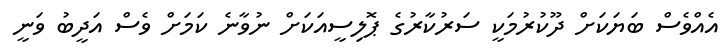
އެއްވެސް ބަޔަކަށް ދޫކުރުމަކީ ސަރުކާރުގެ ޕޮލިސީއަކަށް ނުވާނެ ކަމަށް ވެސް އަދީބު ވަނީ